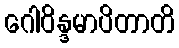
ဂေါဝိန္ဒမာပိတာတိ